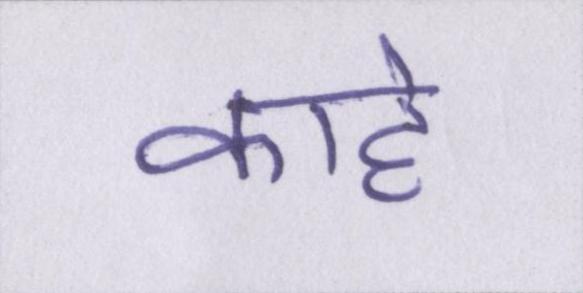
काहे